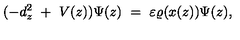
( - d _ { z } ^ { 2 } \ + \ V ( z ) ) \Psi ( z ) \ = \ \varepsilon \varrho ( x ( z ) ) \Psi ( z ) ,